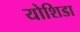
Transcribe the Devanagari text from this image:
योशिडा